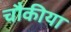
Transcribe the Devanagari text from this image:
चौकीया